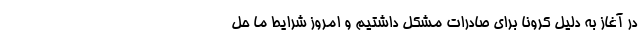
در آغاز به دلیل کرونا برای صادرات مشکل داشتیم و امروز شرایط ما حل